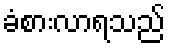
ခံစားလာရသည်